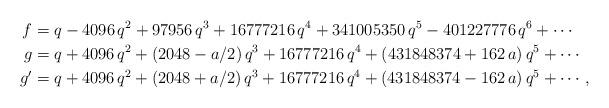
LaTeX: \begin{align*}f&=q - 4096\, q^2 + 97956\, q^3 + 16777216\, q^4 + 341005350\, q^5 - 401227776\, q^6 +\cdots\\g&=q + 4096\, q^2 + (2048-a/2)\, q^3 + 16777216\, q^4 + (431848374+162\, a)\, q^5 +\cdots \\g'&=q + 4096\, q^2 + (2048+a/2)\, q^3 + 16777216\, q^4 + (431848374-162\, a)\, q^5 +\cdots \, ,\end{align*}